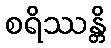
စရိဿန္တိ